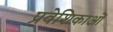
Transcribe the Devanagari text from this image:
प्रवेशिकाओं